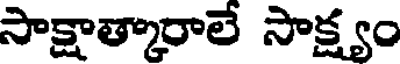
సాక్షాత్కారాలే సాక్ష్యం